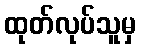
ထုတ်လုပ်သူမှ